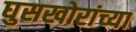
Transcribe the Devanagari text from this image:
घुसखोरांच्या